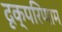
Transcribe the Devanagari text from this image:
दृक्परिणाम